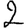
Digit: 2